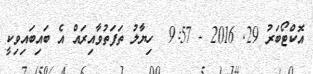
އޮކްޓޯބަރު 29